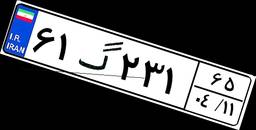
۶۱گ۲۳۱۶۵